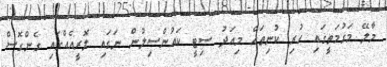
މާލޭ މަގުމަތީގައި ހުރި ކުނިތައް މިއަދު ސިޓީ ކައުންސިލުން ނަގައި ލޮރީއެއްގައި ގެންގޮސް